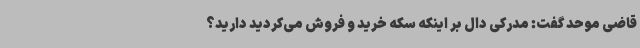
قاضی موحد گفت: مدرکی دال بر اینکه سکه خرید و فروش می‌کردید دارید؟